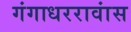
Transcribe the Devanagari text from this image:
गंगाधररावांस